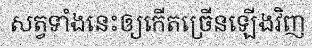
សត្វទាំងនេះឲ្យកើតច្រើនឡើងវិញ